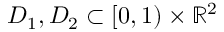
D _ { 1 } , D _ { 2 } \subset [ 0 , 1 ) \times \mathbb { R } ^ { 2 }